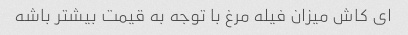
ای کاش میزان فیله مرغ با توجه به قیمت بیشتر باشه